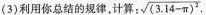
(3)利用你总结的规律，计算： $$\sqrt { ( 3 . 1 4 - \pi ) ^ { 2 } }$$ .